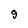
Character: g